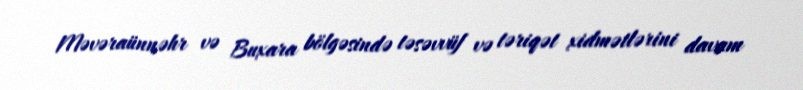
Məvəraünnəhr və Buxara bölgəsində təsəvvüf və təriqət xidmətlərini davam